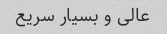
عالی و بسیار سریع